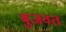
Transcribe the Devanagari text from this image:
बुजवत